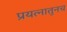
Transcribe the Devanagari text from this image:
प्रयत्नातुनच